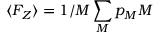
\langle F _ { Z } \rangle = 1 / M \sum _ { M } p _ { M } M